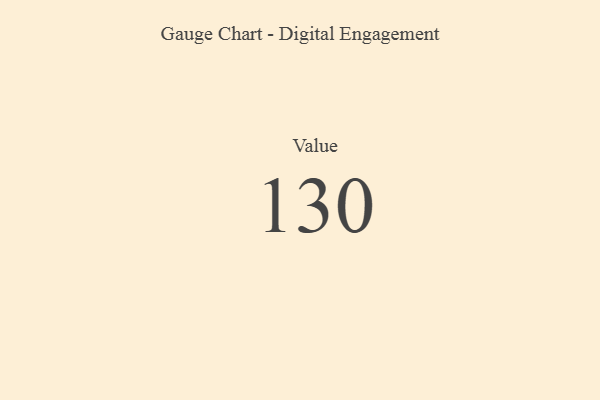
{"axis": {"x": "Metric", "y": "Value"}, "legend": [""], "data": [{"x": "Value", "y": 130, "type": ""}]}